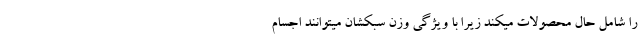
را شامل حال محصولات میکند زیرا با ویژگی وزن سبکشان میتوانند اجسام